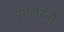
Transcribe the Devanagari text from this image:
सालेरनो